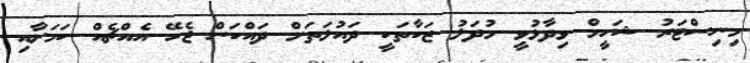
މިނިސްޓަރު ޝަހީމް ވިދާޅުވީ މުދަލު ޒަކާތަކީ ދައުލަތަށް ދައްކަން ޖެހޭ އެއްޗެއް ކަމަށާއި